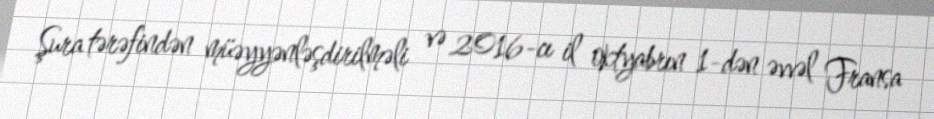
Şura tərəfindən müəyyənləşdirilməli və 2016-cı il oktyabrın 1-dən əvvəl Fransa